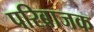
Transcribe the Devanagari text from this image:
परिब्राजक